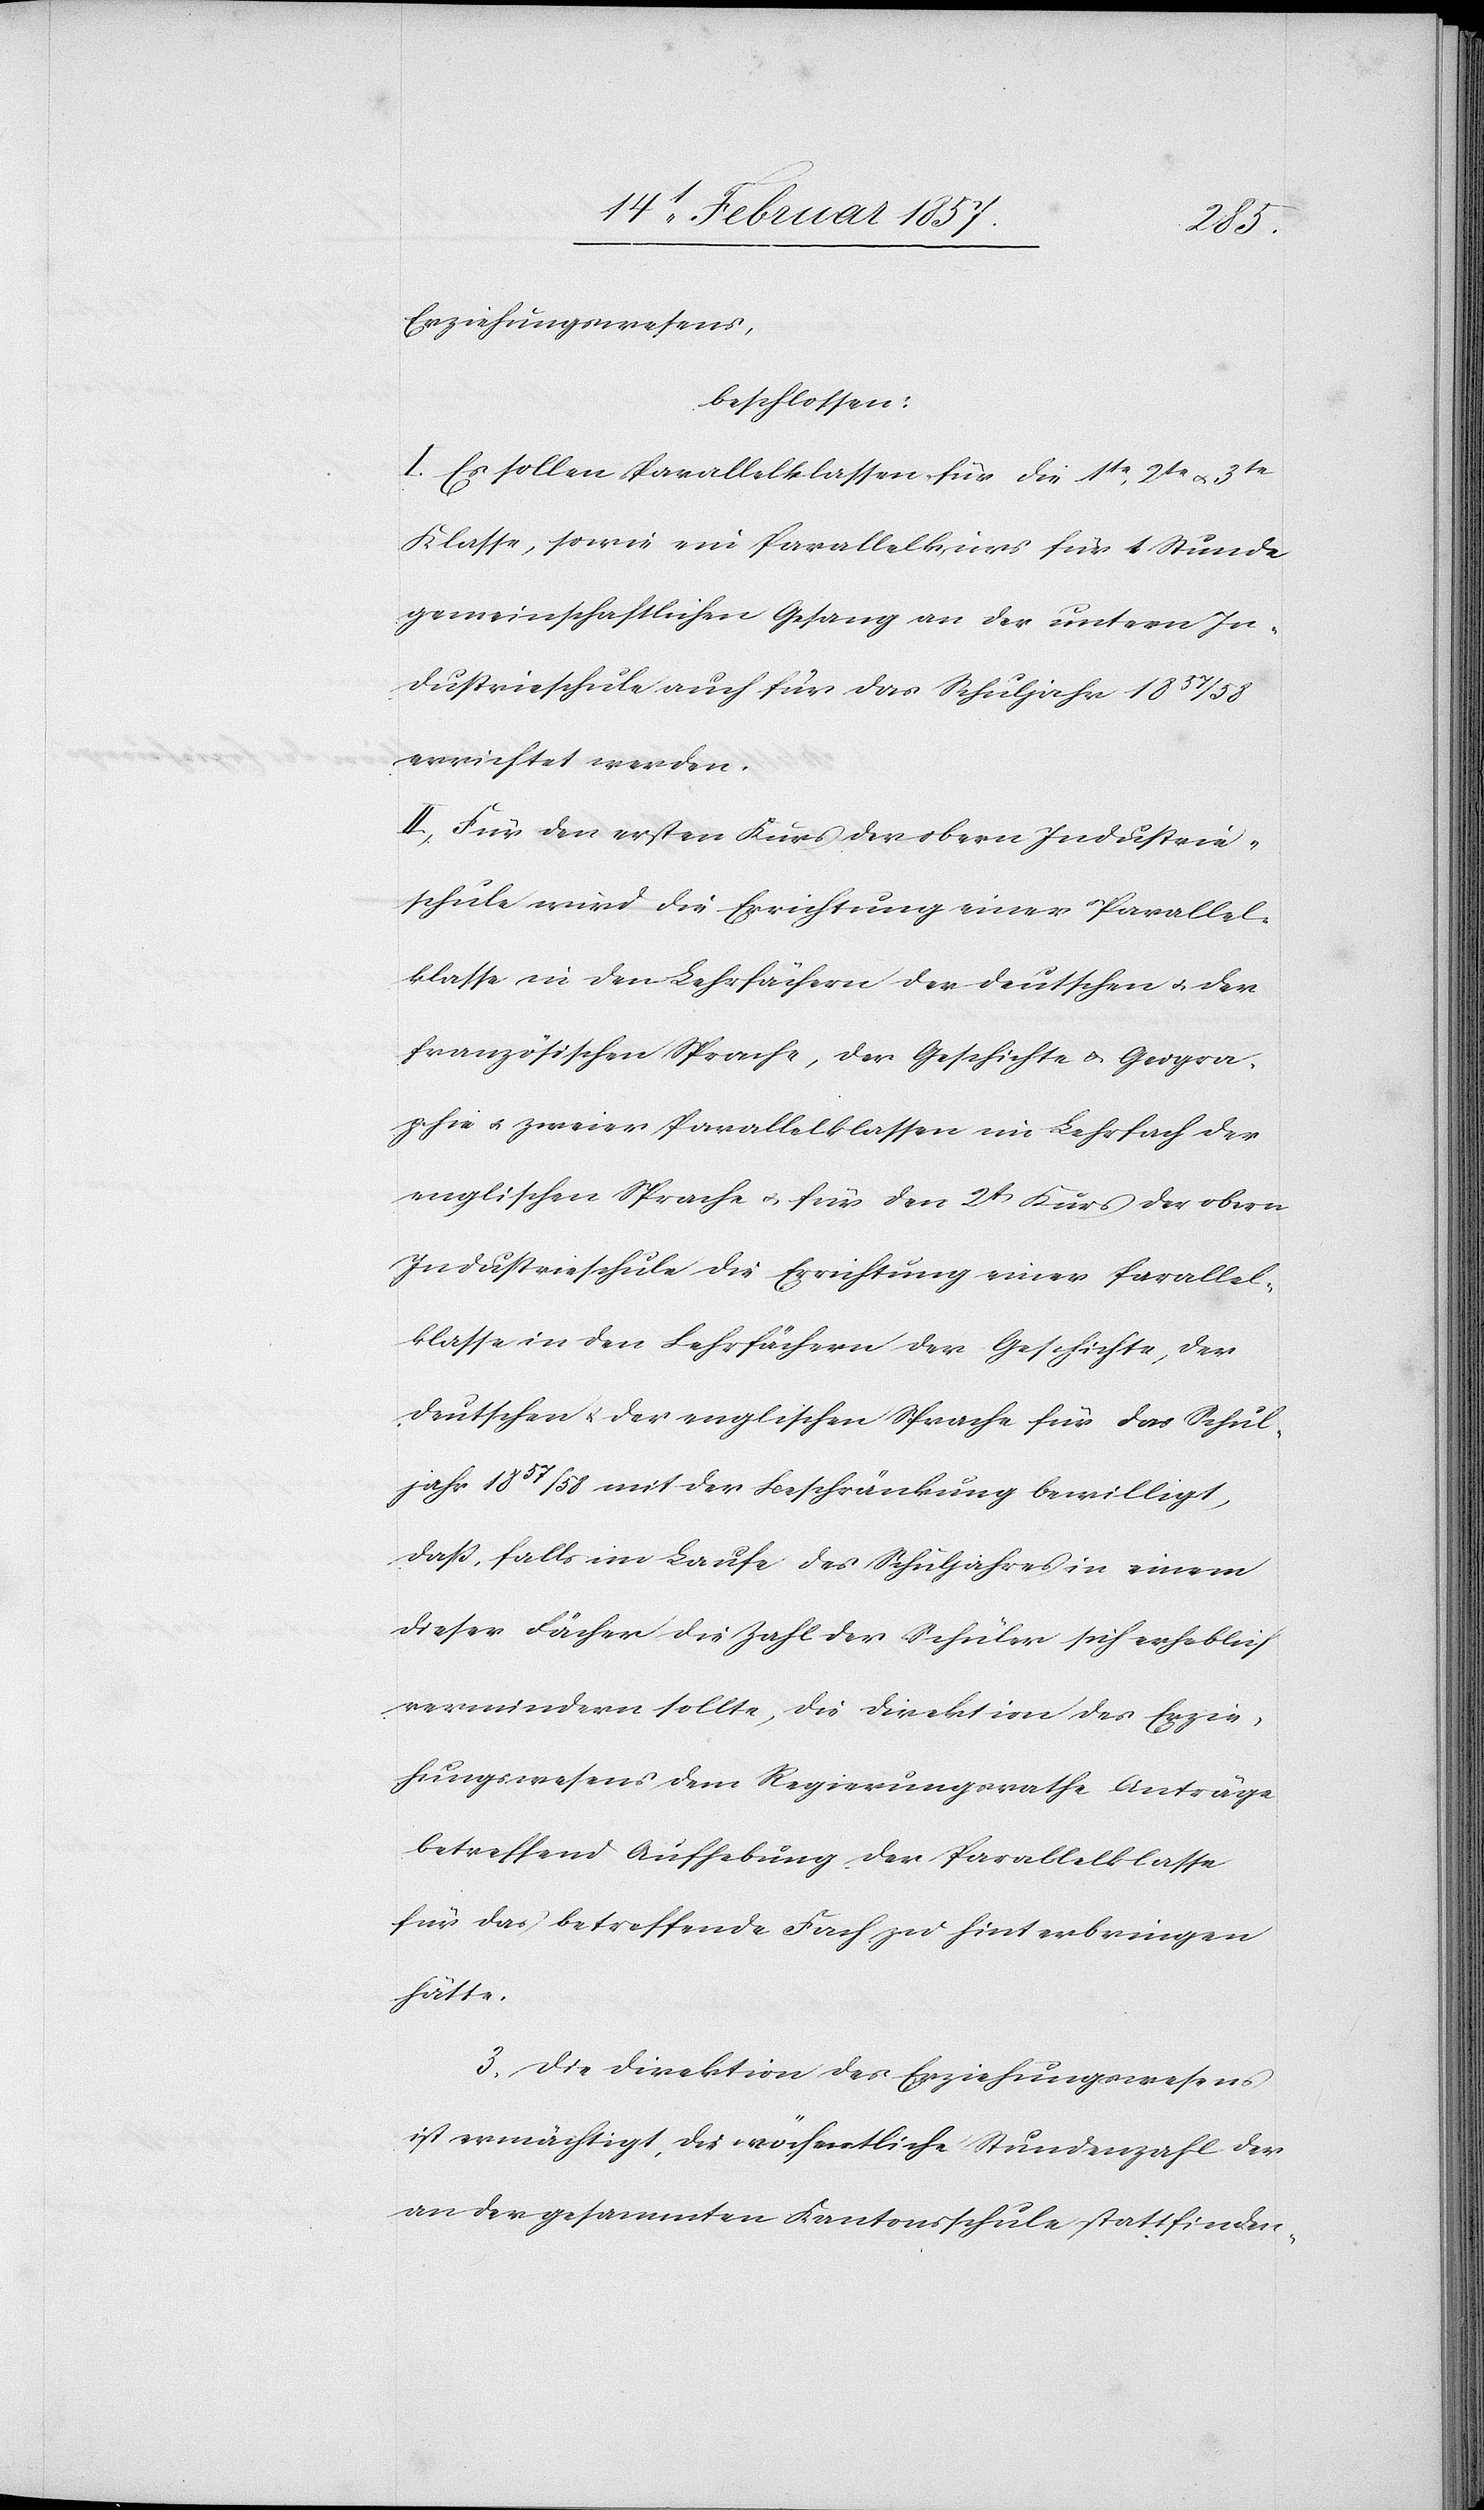
Erziehungswesens,
beschlossen:
I. Es sollen Parallelklassen für die 1te, 2te u. 3te
Klasse, sowie ein Parrallelkurs für 1 Stunde
gemeinschaftlichen Gesang an der untern In¬
dustrieschule auch für das Schuljahr 1857/58
errichtet werden.
II. Für den ersten Kurs der obern Industrie¬
schule wird die Errichtung einer Parallel¬
klasse in den Lehrfächern der deutschen u. der
französischen Sprache, der Geschichte u. Geogra¬
phie u. zweier Parallelklassen im Lehrfach der
englischen Sprache u. für den 2t Kurs der obern
Industrieschule die Errichtung einer Parallel¬
klasse in den Lehrfächern der Geschichte, der
deutschen u. der englischen Sprache für das Schul¬
jahr 1857/58 mit der Beschränkung bewilligt,
daß, falls im Laufe des Schuljahres in einem
dieser Fächer die Zahl der Schüler sich erheblich
vermindern sollte, die Direktion des Erzie¬
hungswesens dem Regierungsrathe Anträge
betreffend Aufhebung der Parallelklasse
für das betreffende Fach zu hinterbringen
hätte.
3. Die Direktion des Erziehungswesens
ist ermächtigt, die wöchentliche Stundenzahl der
an der gesammten Kantonsschule stattfinden-